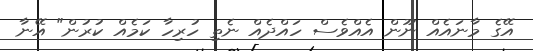
އޭގެ މާނައެއް ނޫން އެއްވެސް ހައްދެއް ނެތި ހުރިހާ ކަމެއް ކުރުން" އޭނާ